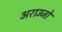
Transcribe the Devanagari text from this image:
अराउजो